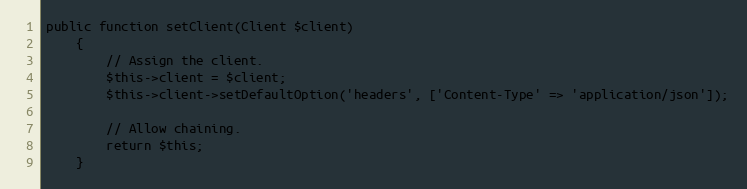
Language: PHP
public function setClient(Client $client)
    {
        // Assign the client.
        $this->client = $client;
        $this->client->setDefaultOption('headers', ['Content-Type' => 'application/json']);

        // Allow chaining.
        return $this;
    }